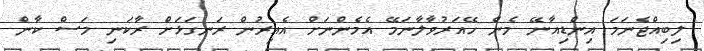
ލިބިއްޖެނަމަ އިންޑިއާނޭ މެން ހޭއަރުވާލާނަމޭ އެެމެންނަށް އެއިރުން ރަނގަޅަށް ރާކަނި މަސް ކާން